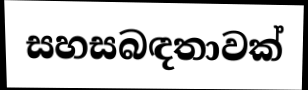
සහසබඳතාවක්